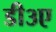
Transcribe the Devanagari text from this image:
डी३ए